Indian journal of veterinary science and animal husbandry - Volumes 28-29, 1958-1959
Year: 1958
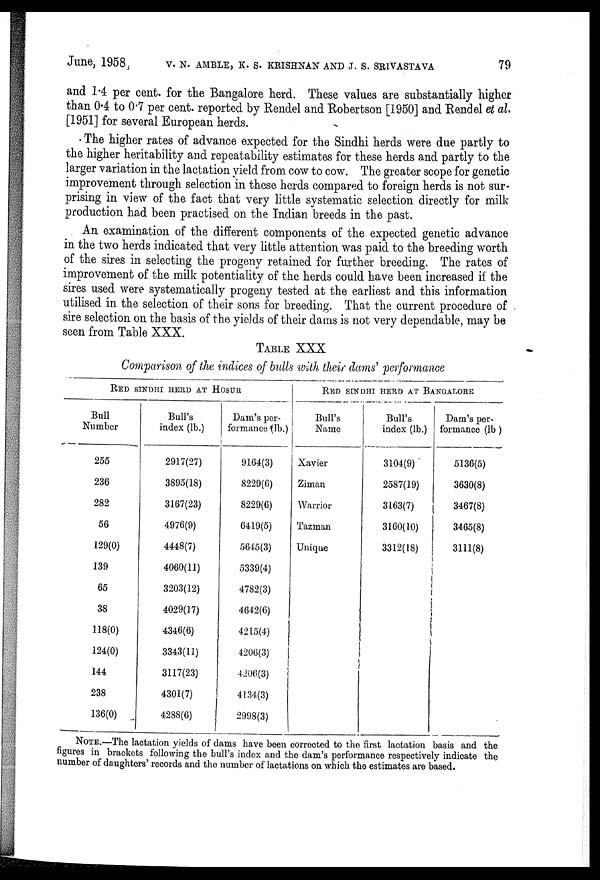
June, 1958 V. N. AMBLE, K. S. KRISHNAN AND J. S. SRIVASTAVA 79
and 1.4 per cent. for the Bangalore herd. These values are substantially higher
than 0.4 to 0.7 per cent. reported by Rendel and Robertson [1950] and Rendel et al.
[1951] for several European herds.
The higher rates of advance expected for the Sindhi herds were due partly to
the higher heritability and repeatability estimates for these herds and partly to the
larger variation in the lactation yield from cow to cow. The greater scope for genetic
improvement through selection in these herds compared to foreign herds is not sur-
prising in view of the fact that very little systematic selection directly for milk
production had been practised on the Indian breeds in the past.
An examination of the different components of the expected genetic advance
in the two herds indicated that very little attention was paid to the breeding worth
of the sires in selecting the progeny retained for further breeding. The rates of
improvement of the milk potentiality of the herds could have been increased if the
sires used were systematically progeny tested at the earliest and this information
utilised in the selection of their sons for breeding. That the current procedure of
sire selection on the basis of the yields of their dams is not very dependable, may be
seen from Table XXX.
TABLE XXX
Comparison of the indices of bulls with their dams' performance
RED SINDHI HERD AT HOSUR
Bull
Number
255
236
282
56
129(0)
139
65
38
118(0)
124(0)
144
238
136(0)
Bull's
index (lb.)
2917(27)
3895(18)
3167(23)
4976(9)
4448(7)
4060(11)
3203(12)
4029(17)
4346(6)
3343(11)
3117(23)
4301(7)
4288(6)
Dam's per-
formance (lb.)
9164(3)
8229(6)
8229(6)
6419(5)
5645(3)
5339(4)
4782(3)
4642(6)
4215(4)
4206(3)
4206(3)
4134(3)
2998(3)
RED SINDHI HERD AT BANGALORE
Bull's
Name
Xavier
Ziman
Warrior
Tazman
Unique
Bull's
index (lb.)
3104(9)
2587(19)
3163(7)
3160(10)
3312(18)
Dam's per-
formance (lb)
5136(5)
3630(8)
3467(8)
3465(8)
3111(8)
NOTE.—The lactation yields of dams have been corrected to the first lactation basis and the
figures in brackets following the bull's index and the dam's performance respectively indicate the
number of daughters' records and the number of lactations on which the estimates are based.